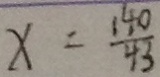
x = \frac { 1 4 0 } { 4 3 }